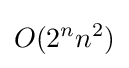
O(2^{n}n^{2})